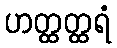
ဟတ္ထတ္ထရံ